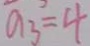
a _ { 3 } = 4